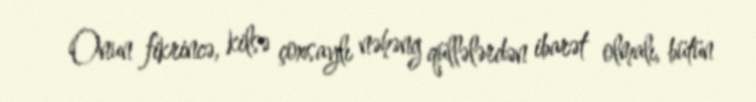
Onun fikrincə, kilsə çoxsaylı nəhəng qüllələrdən ibarət olmalı, bütün